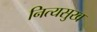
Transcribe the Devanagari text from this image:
नित्यसुख